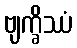
ဗျက္ခိဿံ